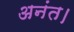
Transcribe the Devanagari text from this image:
अनंत।